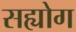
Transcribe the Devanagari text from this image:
सह्योग